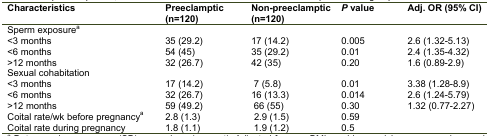
<table><thead><tr><td><b>Characteristics</b></td><td><b>Preeclamptic (n=120)</b></td><td><b>Non-preeclamptic (n=120)</b></td><td><b><i>P</i> value </b></td><td><b>Adj. OR (95% CI)</b></td></tr></thead><tbody><tr><td>Sperm exposurea</td><td></td><td></td><td></td><td></td></tr><tr><td>&lt;3 months</td><td>35 (29.2)</td><td>17 (14.2)</td><td>0.005</td><td>2.6 (1.32-5.13)</td></tr><tr><td>&lt;6 months</td><td>54 (45)</td><td>35 (29.2)</td><td>0.01</td><td>2.4 (1.35-4.32)</td></tr><tr><td>&gt;12 months</td><td>32 (26.7)</td><td>42 (35)</td><td>0.20</td><td>1.6 (0.89-2.9)</td></tr><tr><td>Sexual cohabitation</td><td></td><td></td><td></td><td></td></tr><tr><td>&lt;3 months</td><td>17 (14.2)</td><td>7 (5.8)</td><td>0.01</td><td>3.38 (1.28-8.9)</td></tr><tr><td>&lt;6 months</td><td>32 (26.7)</td><td>16 (13.3)</td><td>0.014</td><td>2.6 (1.24-5.79)</td></tr><tr><td>&gt;12 months</td><td>59 (49.2)</td><td>66 (55)</td><td>0.30</td><td>1.32 (0.77-2.27)</td></tr><tr><td>Coital rate/wk before pregnancya</td><td>2.8 (1.3)</td><td>2.9 (1.5)</td><td>0.59</td><td><i></i></td></tr><tr><td>Coital rate during pregnancy</td><td>1.8 (1.1)</td><td>1.9 (1.2)</td><td>0.5</td><td></td></tr></tbody></table>